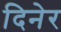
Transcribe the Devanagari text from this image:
दिनेर